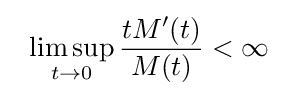
\;\;\limsup _{t\to 0}{\frac {tM'(t)}{M(t)}}<\infty